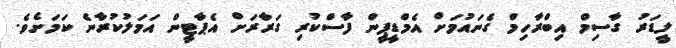
ލީޑަރު ގާސިމް އިބްރާހިމް ގެނައުމަށް އެމްޑީޕީން ފާސްކުރި ގަރާރަށް އެޕާޓީން އަމަލުކުރާނެ ކަމަށެވެ.